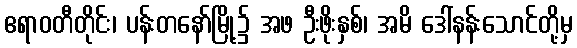
ဧရာဝတီတိုင်း၊ ပန်းတနော်မြို့၌ အဖ ဦးဖိုးနှစ်၊ အမိ ဒေါ်နန်းသောင်တို့မှ